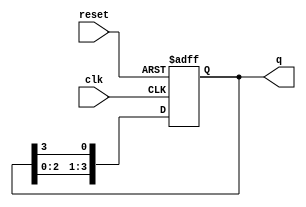
module bistable_ring_counter(
    input wire clk,        // Clock signal
    input wire reset,      // Reset signal
    output reg [3:0] q     // 4-bit output
);

// Initial state
initial begin
    q = 4'b0001; // Start with the first flip-flop set
end

// Always block for the ring counter operation
always @(posedge clk or posedge reset) begin
    if (reset) begin
        // Reset the counter to the initial state
        q <= 4'b0001;
    end else begin
        // Shift the '1' to the left and wrap around
        q <= {q[2:0], q[3]};
    end
end

endmodule